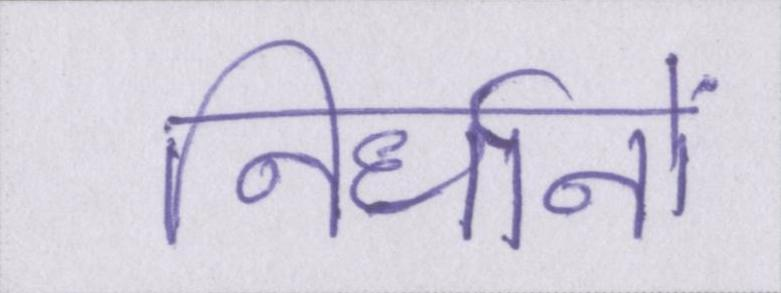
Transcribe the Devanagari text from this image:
निर्धानों